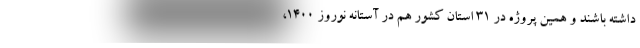
داشته باشند و همین پروژه در ۳۱ استان کشور هم در آستانه نوروز ۱۴۰۰،